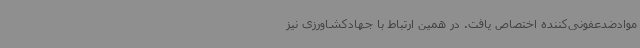
موادضدعفونی‌کننده اختصاص یافت. در همین ارتباط با جهادکشاورزی نیز